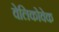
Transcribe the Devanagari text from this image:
वेलिकोवेक